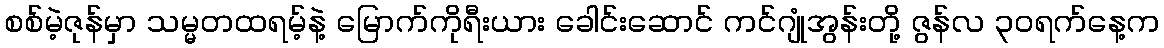
စစ်မဲ့ဇုန်မှာ သမ္မတထရမ့်နဲ့ မြောက်ကိုရီးယား ခေါင်းဆောင် ကင်ဂျုံအွန်းတို့ ဇွန်လ ၃ဝရက်နေ့က